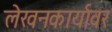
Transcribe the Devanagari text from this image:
लेखनकार्यावर